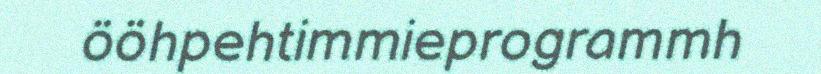
ööhpehtimmieprogrammh